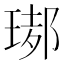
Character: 𤧡